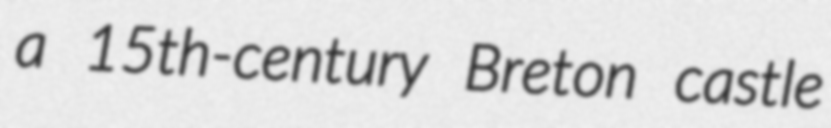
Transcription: a 15th-century Breton castle